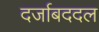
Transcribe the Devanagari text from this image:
दर्जाबददल